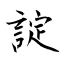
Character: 諚